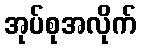
အုပ်စုအလိုက်